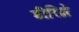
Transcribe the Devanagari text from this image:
डीरिश्ले